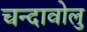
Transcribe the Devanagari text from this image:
चन्दावोलु